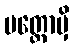
ပတ္တောမှိ